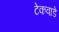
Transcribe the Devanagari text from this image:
टेकवाडे